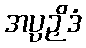
အပ္ပဉှိဒံ